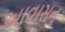
આવાસન